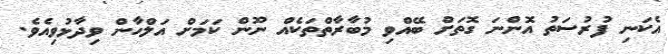
އެކަނި ފުރުސަތު އޮންނަ ގޮތަށް ބޭއްވި މުބާރާތްތަކެއް ނޫން ކަމަށް އަލްހާން ވިދާޅުވިއެވެ.